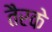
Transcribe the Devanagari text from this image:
तैरके